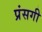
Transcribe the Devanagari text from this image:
प्रंसगी